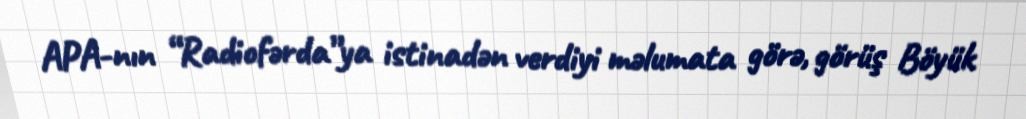
APA-nın “Radiofərda”ya istinadən verdiyi məlumata görə, görüş Böyük